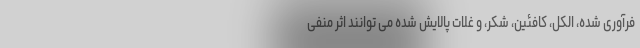
فرآوری شده، الکل، کافئین، شکر، و غلات پالایش شده می توانند اثر منفی